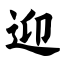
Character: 迎